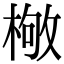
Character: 𣕌